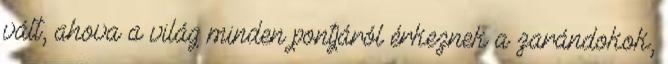
vált, ahova a világ minden pontjáról érkeznek a zarándokok,